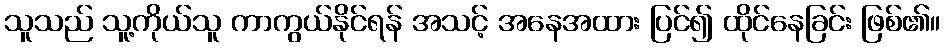
သူသည် သူ့ကိုယ်သူ ကာကွယ်နိုင်ရန် အသင့် အနေအထား ပြင်၍ ထိုင်နေခြင်း ဖြစ်၏။